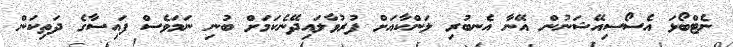
ނެޓްބޯޅަ އެސޯސިއޭޝަނުން އޭނާ އެނބުރި ލަންކާއަށް ފުރުވާލައިދޭނެކަމަށް ބުނި ނަމަވެސް ފައިސާގެ ދަތިކަން